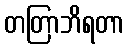
တတြာဘိရတာ